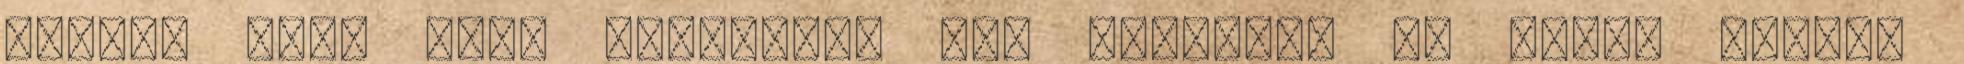
érezné úgy, hogy befutott. "Ha mindenki ki tudná ejteni